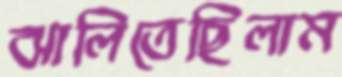
ঝালিতেছিলাম